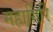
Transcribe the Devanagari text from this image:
महागिरि